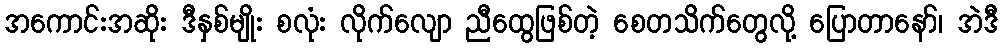
အကောင်းအဆိုး ဒီနှစ်မျိုး စလုံး လိုက်လျော ညီထွေဖြစ်တဲ့ စေတသိက်တွေလို့ ပြောတာနော်၊ အဲဒီ